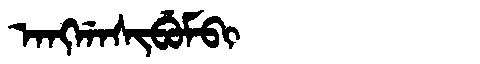
Manchu: ᠠᠩᡤᠠᠰᡳᠪᡠᠮᠪᡳ
Romanization: ANGGASIBUMBI